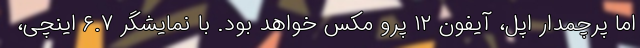
اما پرچمدار اپل، آیفون ۱۲ پرو مکس خواهد بود. با نمایشگر ۶.۷ اینچی،